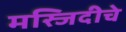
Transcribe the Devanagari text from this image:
मस्जिदीचे